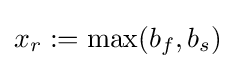
x_{r}:=\max(b_{f},b_{s})